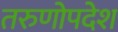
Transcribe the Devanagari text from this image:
तरुणोपदेश